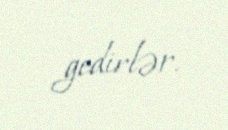
gedirlər.